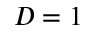
D = 1